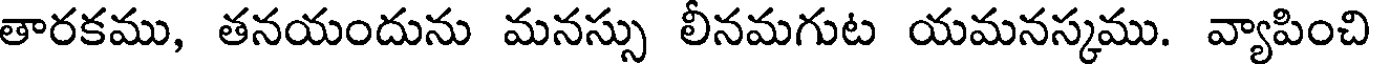
తారకము, తనయందును మనస్సు లీనమగుట యమనస్కము. వ్యాపించి